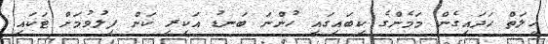
ހީލަތް ހަދައިގެން މަމެންގެ ކިބައިގައި ހުންނަ ބަނޑު އަކިރި ކަން ފިލުވުމަށް ޓަކައި